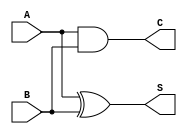
module current_mode_half_adder (
    input wire A,    // First input bit
    input wire B,    // Second input bit
    output wire S,   // Sum output
    output wire C    // Carry output
);

// Sum output using XOR logic
assign S = A ^ B;  // Sum (S) is A XOR B

// Carry output using AND logic
assign C = A & B;  // Carry (C) is A AND B

endmodule